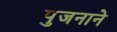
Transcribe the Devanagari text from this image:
पुजनाने